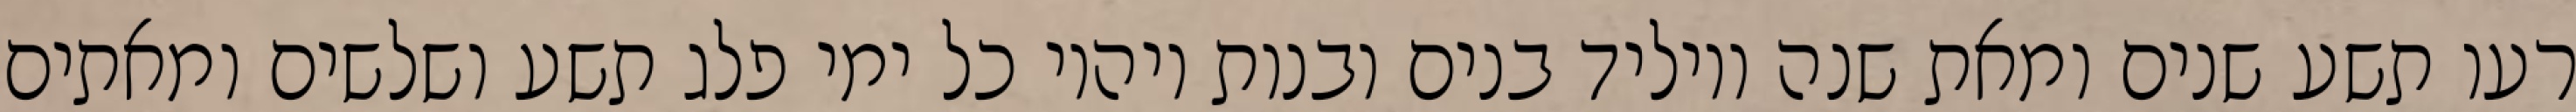
רעו תשע שנים ומאת שנה ויוליד בנים ובנות ויהיו כל ימי פלג תשע ושלשים ומאתים